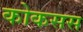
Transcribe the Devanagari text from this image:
कोकसस